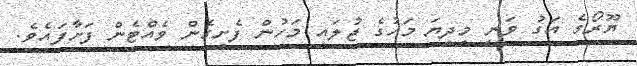
ޔޫރޯގެ އަގު ވަނީ މިދިޔަ މަހުގެ ޖުލައި މަހުން ފެށިގެން ވެއްޓެން ފަށާފައެވެ.